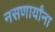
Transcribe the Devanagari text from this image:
नसणार्यांना